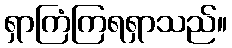
ရှာကြံကြရရှာသည်။